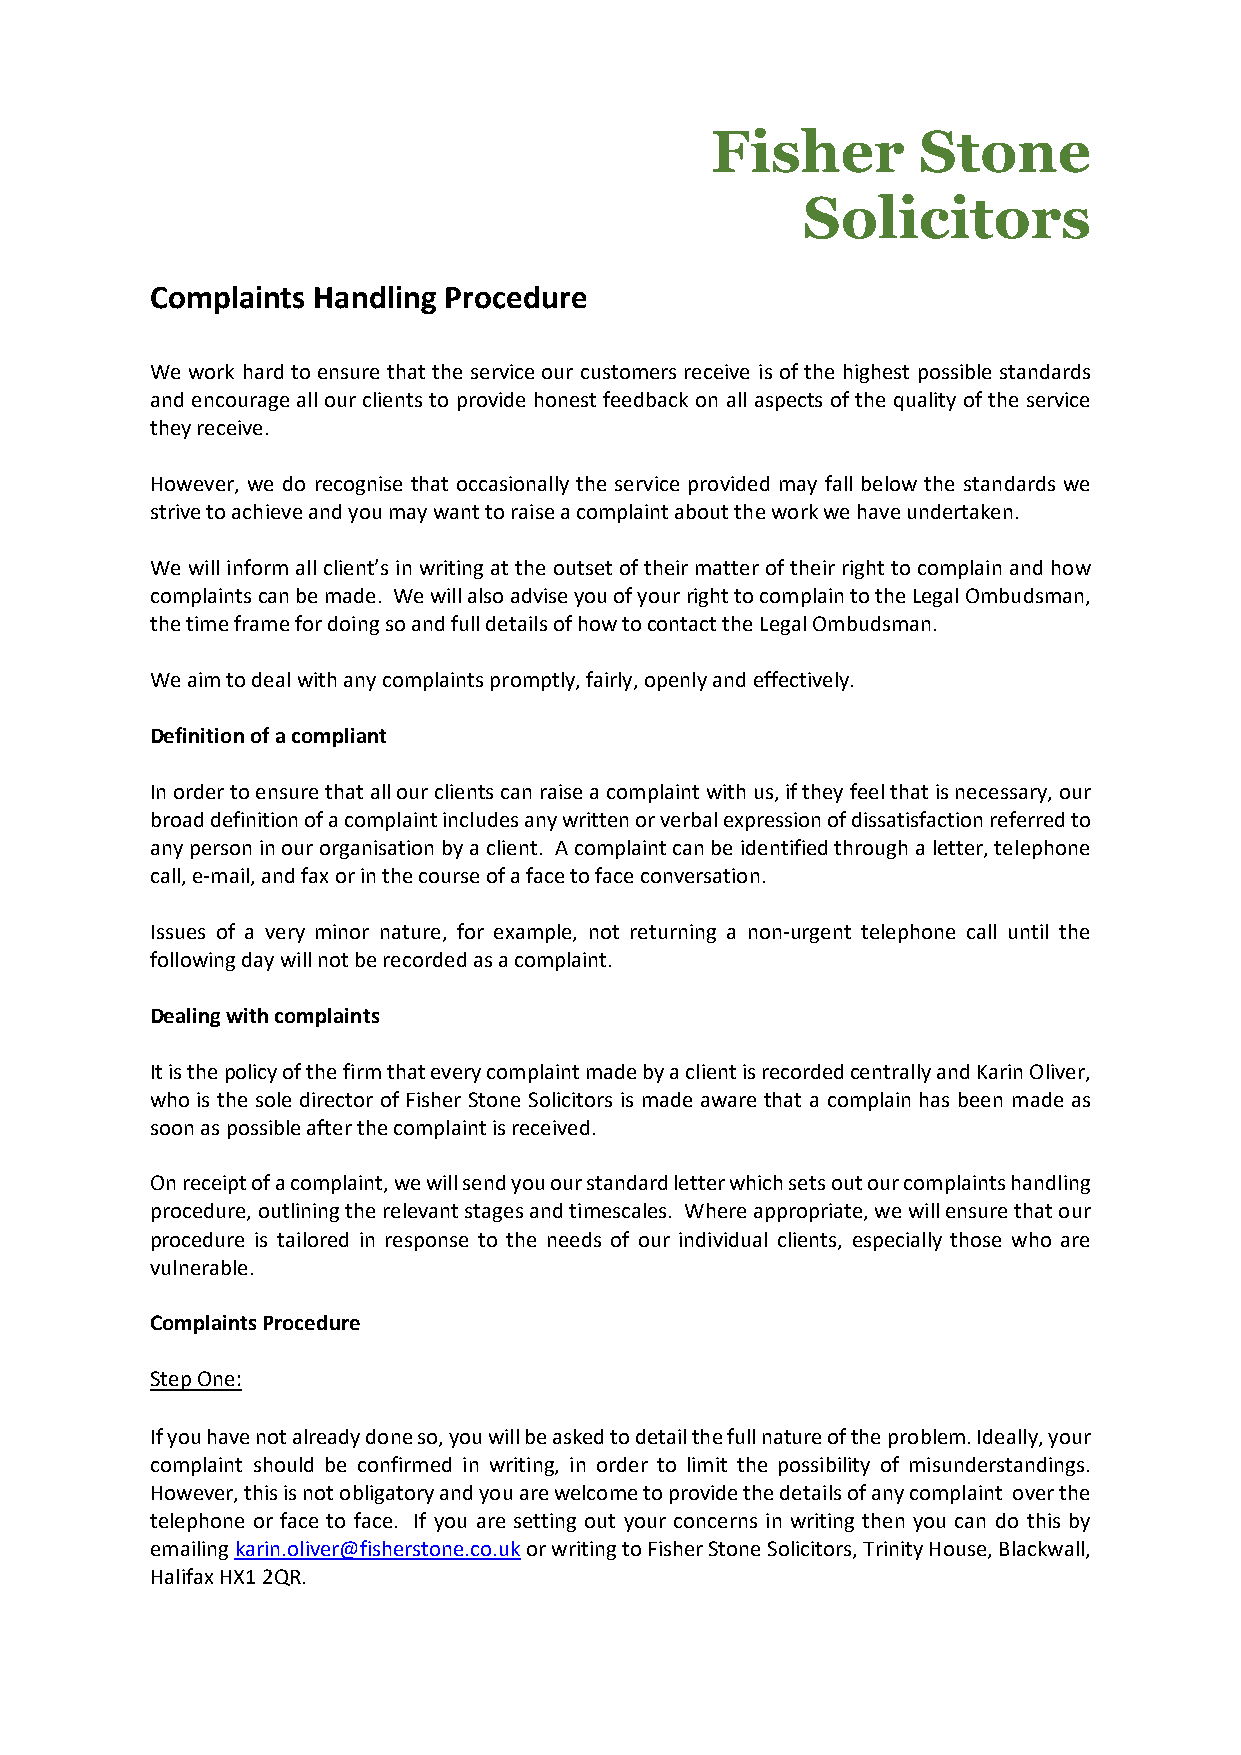
Fisher        Stone
 Solicitors
 Complaints Handling Procedure
 We work hard to ensure that the service our customers receive is of the highest possible standards
 and encourage all our clients to provide honest feedback on all aspects of the quality of the service
 they receive.
 However, we do recognise that occasionally the service provided may fall below the standards we
 strive to achieve and you may want to raise a complaint about the work we have undertaken.
 We will inform all client’s in writing at the outset of their matter of their right to complain and how
 complaints can be made. We will also advise you of your right to complain to the Legal Ombudsman,
 the time frame for doing so and full details of how to contact the Legal Ombudsman.
 We aim to deal with any complaints promptly, fairly, openly and effectively.
 Definition of a compliant
 In order to ensure that all our clients can raise a complaint with us, if they feel that is necessary, our
 broad definition of a complaint includes any written or verbal expression of dissatisfaction referred to
 any person in our organisation by a client. A complaint can be identified through a letter, telephone
 call, e-mail, and fax or in the course of a face to face conversation.
 Issues of a very minor nature, for example, not returning a non-urgent telephone call until the
 following day will not be recorded as a complaint.
 Dealing with complaints
 It is the policy of the firm that every complaint made by a client is recorded centrally and Karin Oliver,
 who is the sole director of Fisher Stone Solicitors is made aware that a complain has been made as
 soon as possible after the complaint is received.
 On receipt of a complaint, we will send you our standard letter which sets out our complaints handling
 procedure, outlining the relevant stages and timescales. Where appropriate, we will ensure that our
 procedure is tailored in response to the needs of our individual clients, especially those who are
 vulnerable.
 Complaints Procedure
 Step One:
 If you have not already done so, you will be asked to detail the full nature of the problem. Ideally, your
 complaint should be confirmed in writing, in order to limit the possibility of misunderstandings.
 However, this is not obligatory and you are welcome to provide the details of any complaint over the
 telephone or face to face. If you are setting out your concerns in writing then you can do this by
 emailing karin.oliver@fisherstone.co.uk or writing to Fisher Stone Solicitors, Trinity House, Blackwall,
 Halifax HX1 2QR.